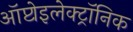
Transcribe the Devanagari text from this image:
ऑप्टोइलेक्ट्रॉनिक